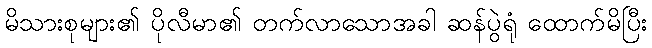
မိသားစုများ၏ ပိုလီမာ၏ တက်လာသောအခါ ဆန်ပွဲရုံ ထောက်မိပြီး